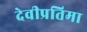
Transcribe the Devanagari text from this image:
देवीप्रतिमा